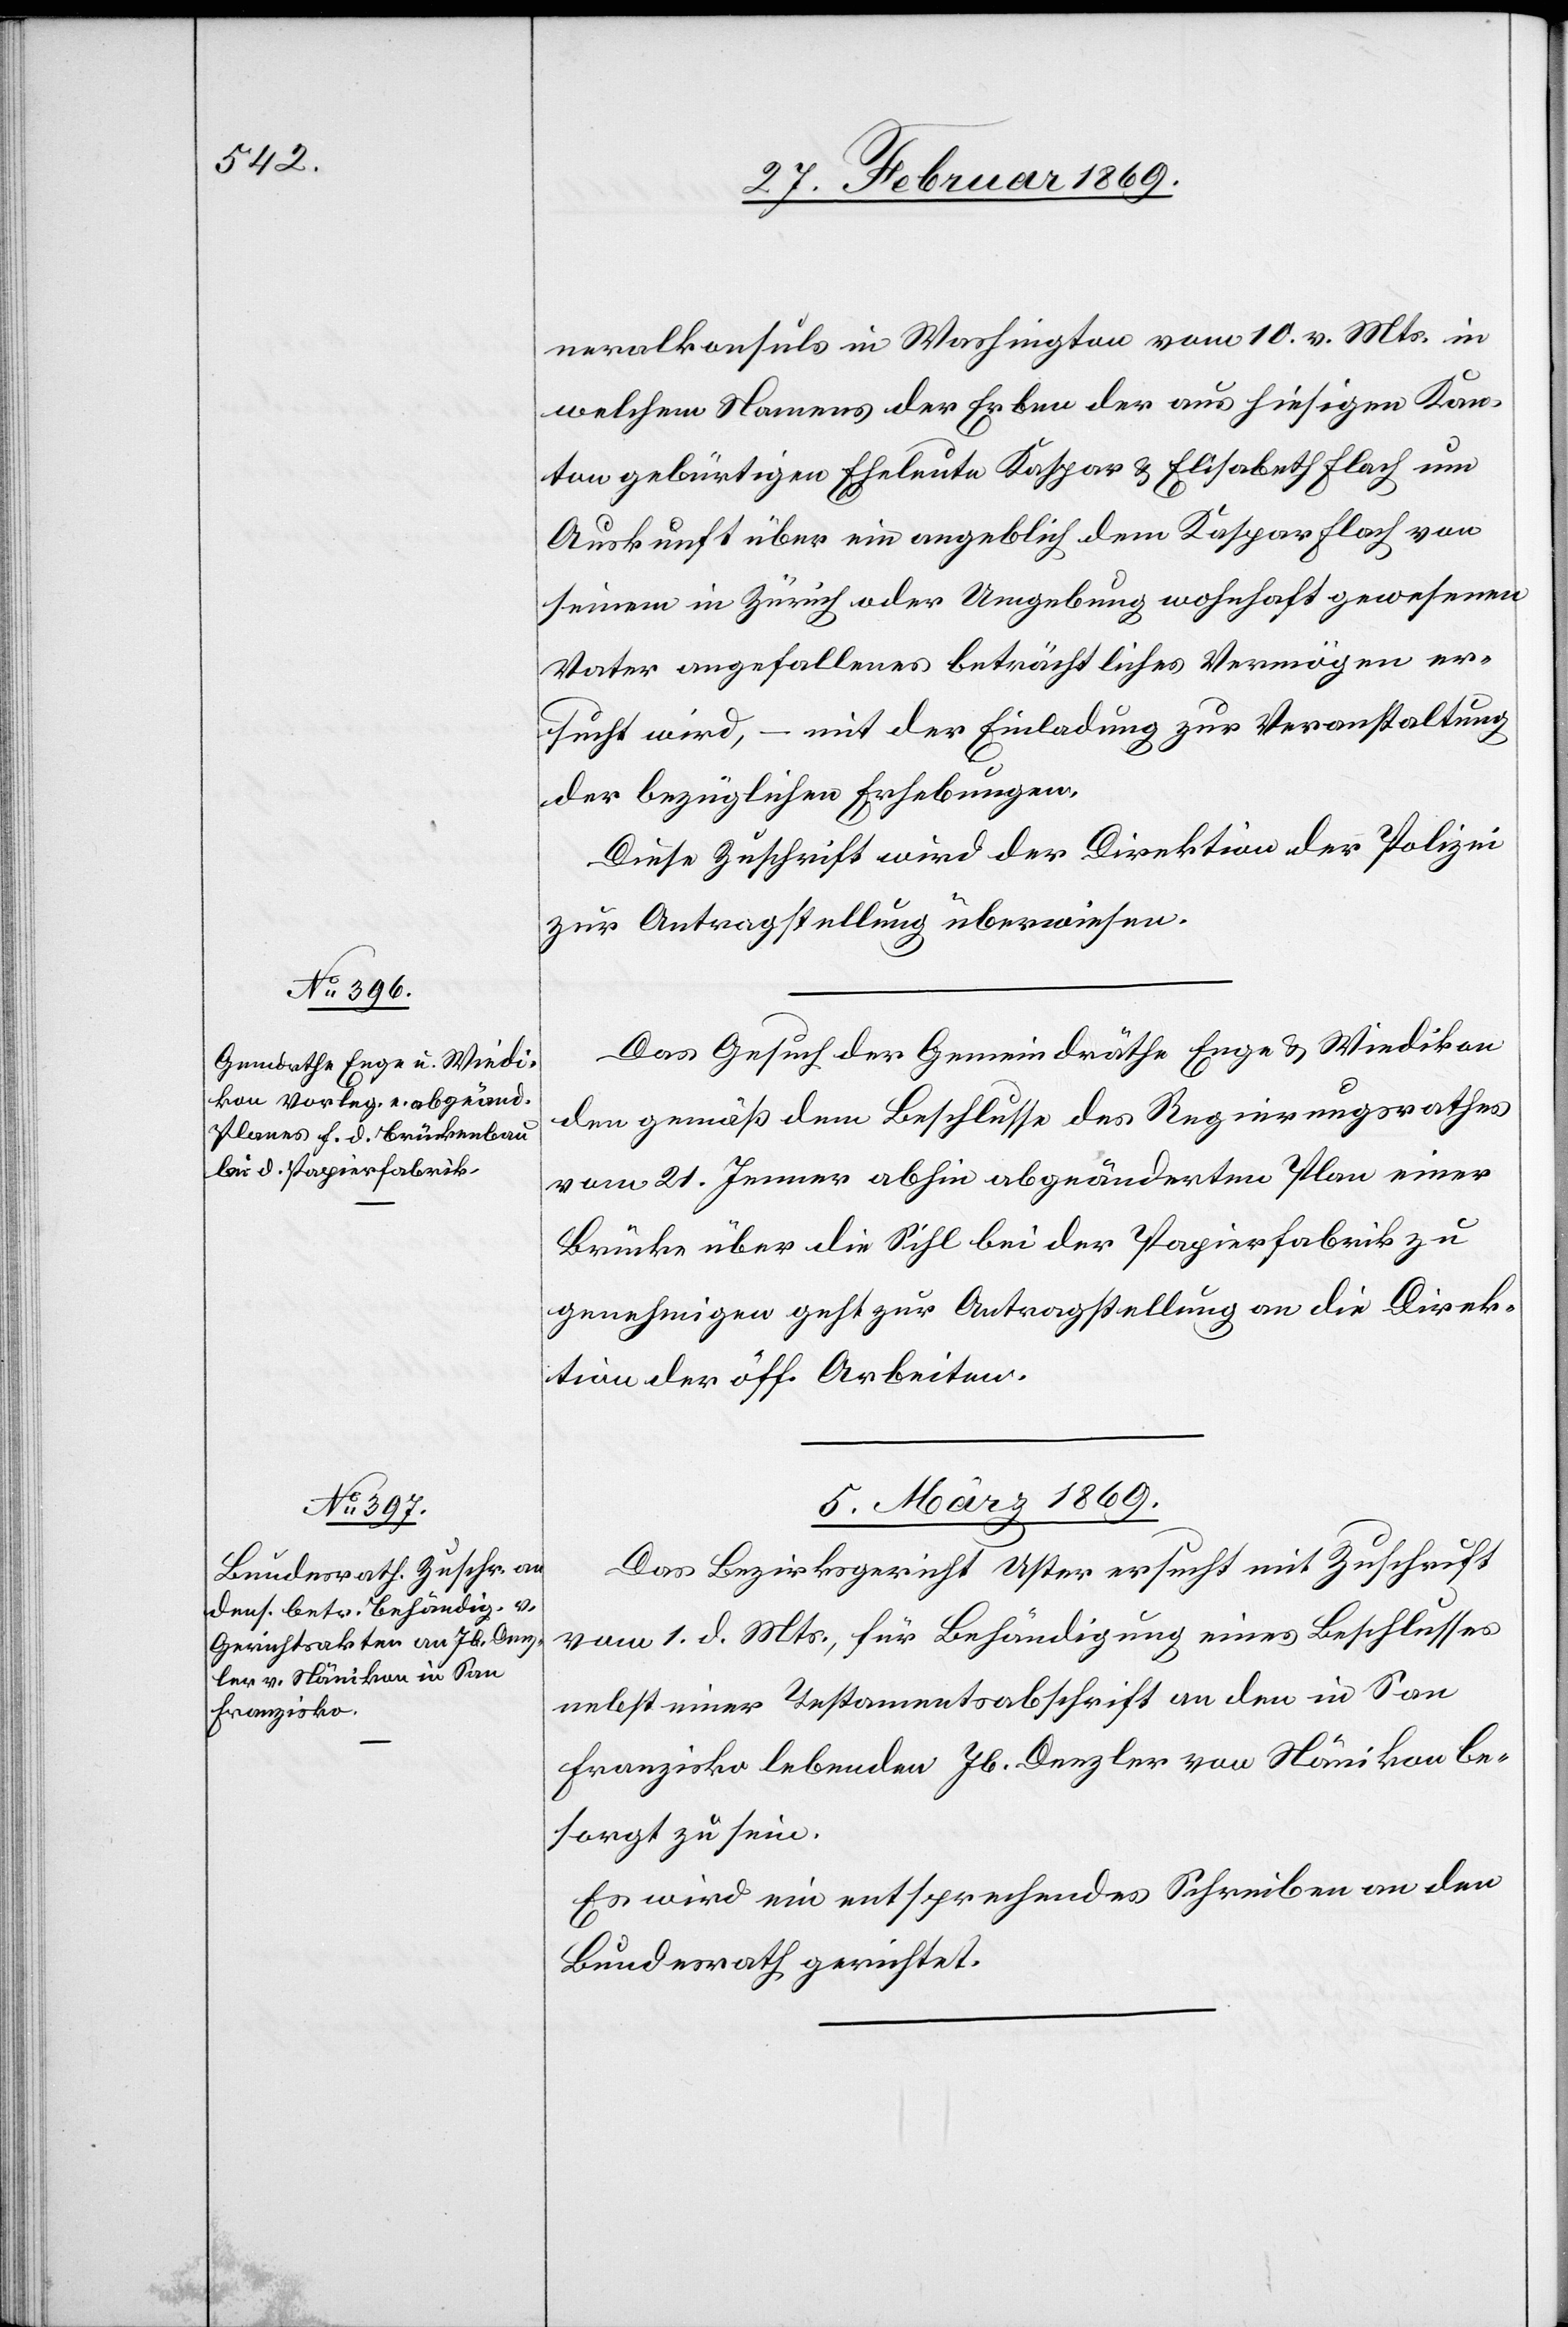
neralkonsuls in Washington vom 10. v. Mts. in
welchem Namens der Erben der aus hiesigem Kan¬
ton gebürtigen Eheleute Kaspar & Elisabetha Flach um
Auskunft über ein angeblich dem Kaspar Flach von
seinem in Zürich oder Umgebung wohnhaft gewesenen
Vater angefallenes beträchtliches Vermögen er¬
sucht wird, – mit der Einladung zur Veranstaltung
der bezüglichen Erhebungen.
Diese Zuschrift wird der Direktion der Polizei
zur Antragstellung überwiesen.
Das Gesuch der Gemeindräthe Enge & Wiedikon
den gemäß dem Beschlusse des Regierungsrathes
vom 21. Jenner abhin abgeänderten Plan einer
Brücke über die Sihl bei der Papierfabrik zu
genehmigen geht zur Antragstellung an die Direk¬
tion der öff. Arbeiten.
5. März 1869.
Das Bezirksgericht Uster ersucht mit Zuschrift
vom 1. d. Mts., für Behändigung eines Beschlusses
nebst einer Testamentsschrift an den in San
Franzisko lebenden Jb. Denzler von Nänikon be¬
sorgt zu sein.
Es wird ein entsprechendes Schreiben an den
Bundesrath gerichtet.